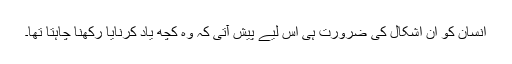
انسان کو ان اشکال کی ضرورت ہی اس لیے پیش آتی کہ وہ کچھ یاد کرنایا رکھنا چاہتا تھا۔